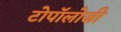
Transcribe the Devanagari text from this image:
टोपॉलोजी